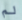
لم